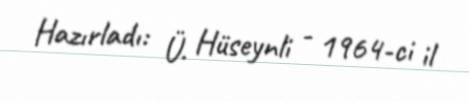
Hazırladı: Ü. Hüseynli - 1964-ci il